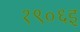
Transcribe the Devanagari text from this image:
१९०६इ